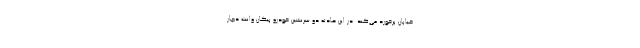
خیابان برخورد می‌کند. در این حادثه دو سرنشین خودرو پیکان وانت دچار